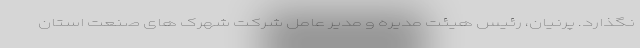
نگذارد. پرنیان، رئیس هیئت مدیره و مدیر عامل شرکت شهرک های صنعت استان